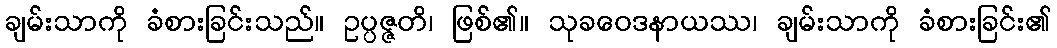
ချမ်းသာကို ခံစားခြင်းသည်။ ဥပ္ပဇ္ဇတိ၊ ဖြစ်၏။ သုခဝေဒနာယဿ၊ ချမ်းသာကို ခံစားခြင်း၏